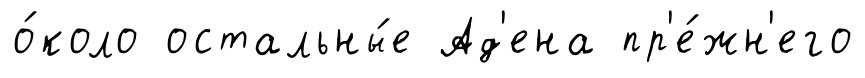
о́коло остальны́е Ад'ена пр'е́жн'его